Vaccination in Burma 1889-1999 - 1889-1999
Year: 1889
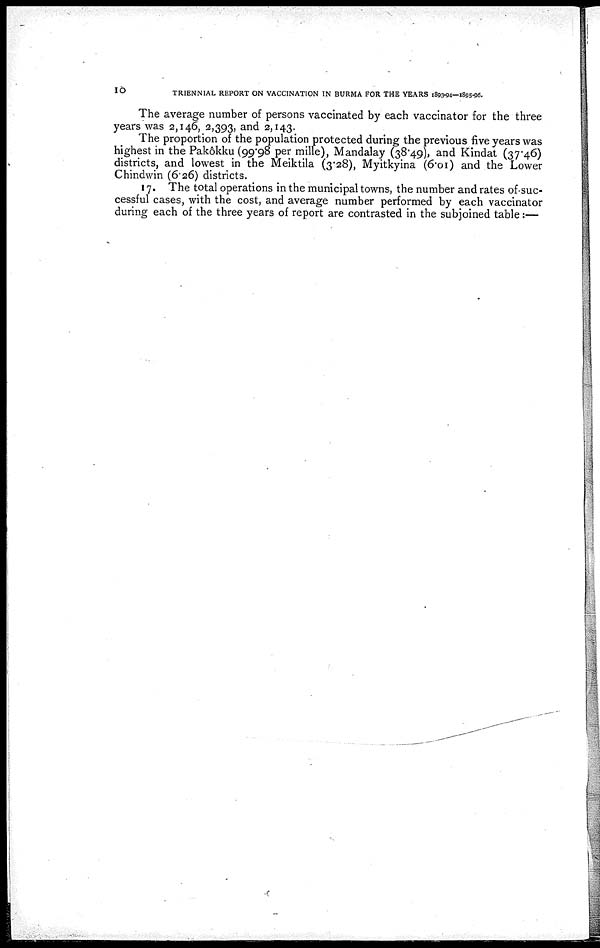
10
TRIENNIAL REPORT ON VACCINATION IN BURMA FOR THE YEARS 1893-94—1895-96.
The average number of persons vaccinated by each vaccinator for the three
years was 2,146, 2,393, and 2,143.
The proportion of the population protected during the previous five years was
highest in the Pakôkku (99.98 per mille), Mandalay (38.49), and Kindat (37.46)
districts, and lowest in the Meiktila (3.28), Myitkyina (6.01) and the Lower
Chindwin (6.26) districts.
17. The total operations in the municipal towns, the number and rates of-suc-
cessful cases, with the cost, and average number performed by each vaccinator
during each of the three years of report are contrasted in the subjoined table:—